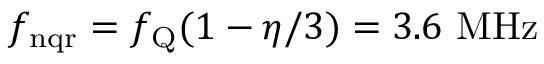
f _ { \mathrm { n q r } } = f _ { \mathrm { Q } } ( 1 - \eta / 3 ) = 3 . 6 ~ \mathrm { M H z }